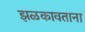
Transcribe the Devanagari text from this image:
झळकावताना